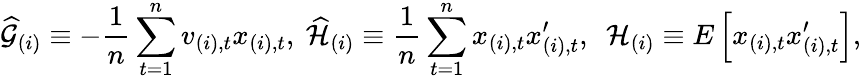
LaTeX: \widehat{\mathcal{G}}_{(i)}\equiv-\frac{1}{n}\sum_{t=1}^{n}v_{(i),t}x_{(i),t}\mathrm{,~}\widehat{\mathcal{H}}_{(i)}\equiv\frac{1}{n}\sum_{t=1}^{n}x_{(i),t}x_{(i),t}^{\prime}\mathrm{,~\ }\mathcal{H}_{(i)}\equiv E\left[x_{(i),t}x_{(i),t}^{\prime}\right],